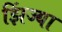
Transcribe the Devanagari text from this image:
झिंज्या